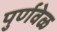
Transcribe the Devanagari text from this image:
पुर्णवेळ